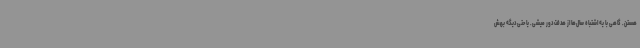
هستن. گاهی با یه اشتباه سال‌ها از هدفت دور میشی. یا حتی دیگه بهش